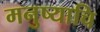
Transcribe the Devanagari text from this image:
मनुष्याचि